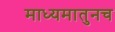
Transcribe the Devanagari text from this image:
माध्यमातुनच